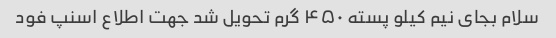
سلام بجای نیم کیلو پسته ۴۵۰ گرم تحویل شد جهت اطلاع اسنپ فود